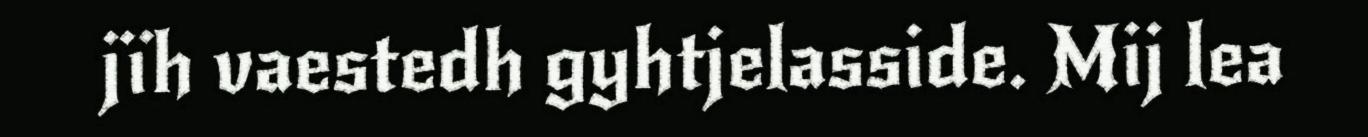
jïh vaestedh gyhtjelasside. Mij lea